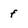
Character: f